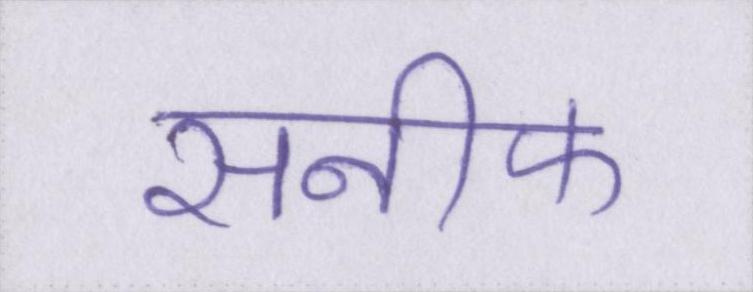
सनीफ